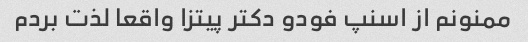
ممنونم از اسنپ فودو دکتر پیتزا واقعا لذت بردم